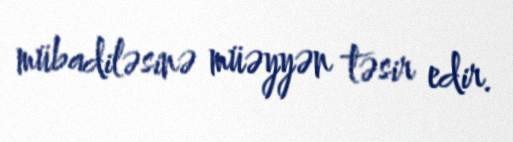
mübadiləsinə müəyyən təsir edir.